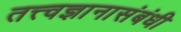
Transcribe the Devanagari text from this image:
तत्त्वज्ञानासंबंधी